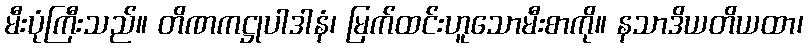
မီးပုံကြီးသည်။ တိဏကဋ္ဌုပါဒါနံ၊ မြက်ထင်းဟူသောမီးစာကို။ နသာဒိယတိယထာ၊